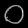
Digit: ၀